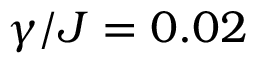
\gamma / J = 0 . 0 2